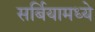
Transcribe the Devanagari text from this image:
सर्बियामध्ये